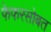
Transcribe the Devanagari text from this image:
फेफरसोबत